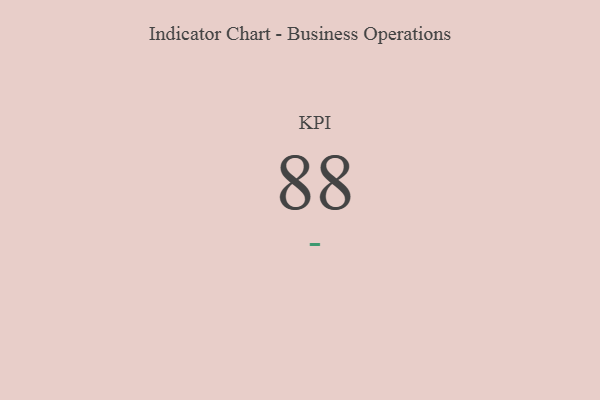
{"axis": {"x": "KPI", "y": "Value"}, "legend": [""], "data": [{"x": "KPI", "y": 88, "type": ""}]}